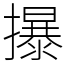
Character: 㩧